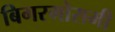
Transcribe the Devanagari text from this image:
बिगरमोसमी